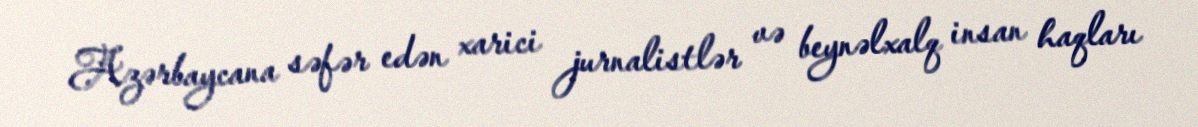
Azərbaycana səfər edən xarici jurnalistlər və beynəlxalq insan haqları